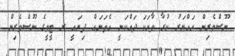
ނޫސްވެރިން ހައްޔަރު ކުރާ ވާހަކަ ދައްކަނީ އެތަނައް ދިޔައީ ރ ޓީވީގެ ނޫސްވެރިން